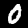
Label: 0